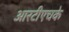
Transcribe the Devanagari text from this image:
आरटीएचके